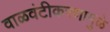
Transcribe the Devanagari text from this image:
वाळवंटीकरणामुळे